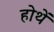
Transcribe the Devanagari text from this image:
होथें